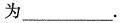
为___。